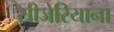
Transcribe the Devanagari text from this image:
सीजेरियाना